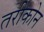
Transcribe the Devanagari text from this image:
तरीकोन